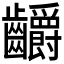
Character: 𪚅